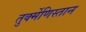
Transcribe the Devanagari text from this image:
तुर्क्मेणिस्तान